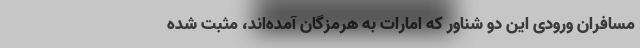
مسافران ورودی این دو شناور که امارات به هرمزگان آمده‌اند، مثبت شده